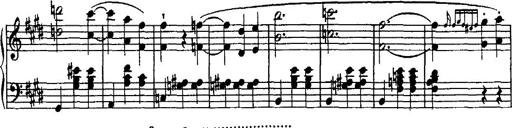
Title: Valse mÃ©lancolique
Composer: Paul Vidal
Key: F-sharp minor